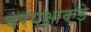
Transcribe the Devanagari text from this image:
वरपक्षाकडे